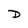
Character: D